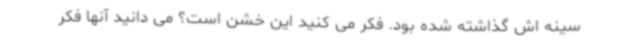
سینه اش گذاشته شده بود. فکر می کنید این خشن است؟ می دانید آنها فکر